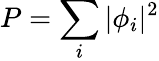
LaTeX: P=\sum_{i}|\phi_{i}|^{2}